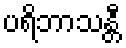
ပရိဘာသန္တီ